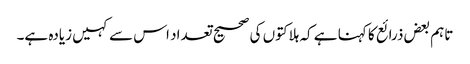
تاہم بعض ذرائع کا کہنا ہے کہ ہلاکتوں کی صحیح تعداد اس سے کہیں زیادہ ہے۔